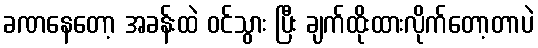
ခဏနေတော့ အခန်းထဲ ဝင်သွား ပြီး ချက်ထိုးထားလိုက်တော့တာပဲ